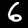
Label: 6